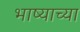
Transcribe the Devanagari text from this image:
भाष्याच्या